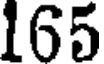
165